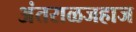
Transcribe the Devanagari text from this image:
अंतराळजहाज